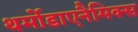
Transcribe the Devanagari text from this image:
थर्मोडाएनैमिक्स